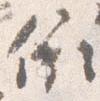
依